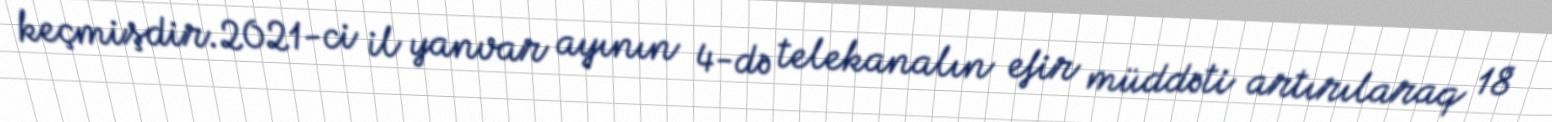
keçmişdir.2021-ci il yanvar ayının 4-də telekanalın efir müddəti artırılaraq 18